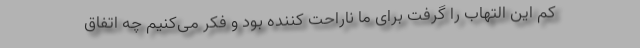
کم این التهاب را گرفت برای ما ناراحت کننده بود و فکر می‌کنیم چه اتفاق